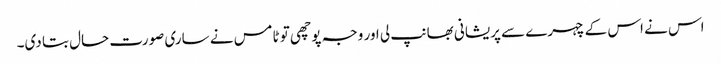
اس نے اس کے چہرے سے پریشانی بھانپ لی اور وجہ پوچھی تو ٹامس نے ساری صورت حال بتا دی۔